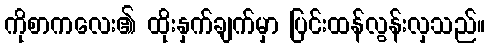
ကိုစာကလေး၏ ထိုးနှက်ချက်မှာ ပြင်းထန်လွန်းလှသည်။